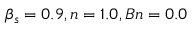
\beta _ { s } = 0 . 9 , n = 1 . 0 , B n = 0 . 0